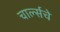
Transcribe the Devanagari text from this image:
चार्ल्सचे